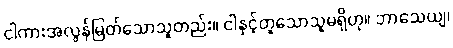
ငါကားအလွန်မြတ်သောသူတည်း။ ငါနှင့်တူသောသူမရှိဟု။ ဘာသေယျ၊